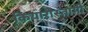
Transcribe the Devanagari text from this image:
कियारोस्तामी